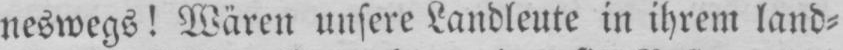
neswegs! Wären unsere Landleute in ihrem land⸗